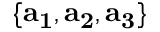
\{ \mathbf { a _ { 1 } } , \mathbf { a _ { 2 } } , \mathbf { a _ { 3 } } \}